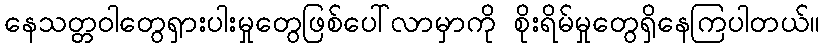
နေသတ္တဝါတွေရှားပါးမှုတွေဖြစ်ပေါ်လာမှာကို စိုးရိမ်မှုတွေရှိနေကြပါတယ်။